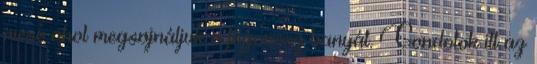
mese ahol megsajnáljuk a főgonosz banyát. Gondolok itt az